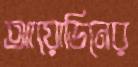
আয়োডিনের